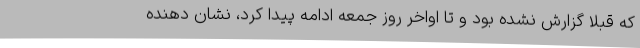
که قبلا گزارش نشده بود و تا اواخر روز جمعه ادامه پیدا کرد، نشان دهنده